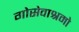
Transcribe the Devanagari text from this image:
गोसेवाश्रमो